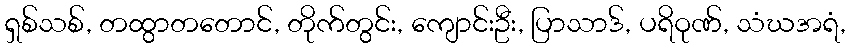
ရှစ်သစ်, တထွာတတောင်, တိုက်တွင်း, ကျောင်းဦး, ပြာသာဒ်, ပရိဝုဏ်, သံဃအရံ,